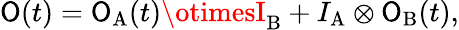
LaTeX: \mathsf{O}(t)=\mathsf{O}_{\mathrm{{A}}}(t)\otimesI_{\mathrm{{B}}}+I_{\mathrm{{A}}}\otimes\mathsf{O}_{\mathrm{{B}}}(t),